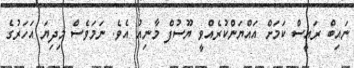
ނައިބް ރައީސް ކަމަށް އައްޔަންކުރެއްވީ ޔޫސުފް މާނިއު އެވެ. ނަމަވެސް މިދިޔަ އަހަރުގެ